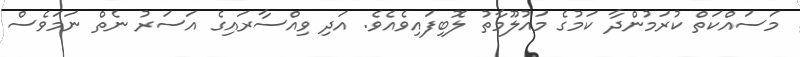
މަސައްކަތް ކުރަމުންދާ ކަމުގެ މައުލޫމާތު ލޮބިފައިވެއެވެ. އަދި ވިއްސާރައިގެ އަސަރު ނެތް ނަމަވެސް